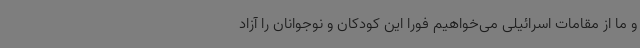
و ما از مقامات اسرائیلی می‌خواهیم فورا این کودکان و نوجوانان را آزاد